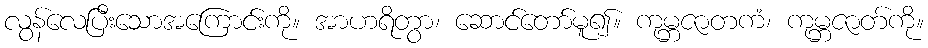
လွန်လေပြီးသောအကြောင်းကို။ အာဟရိတွာ၊ ဆောင်တော်မူ၍။ ကုမ္ဘဇာတကံ၊ ကုမ္ဘဇာတ်ကို။